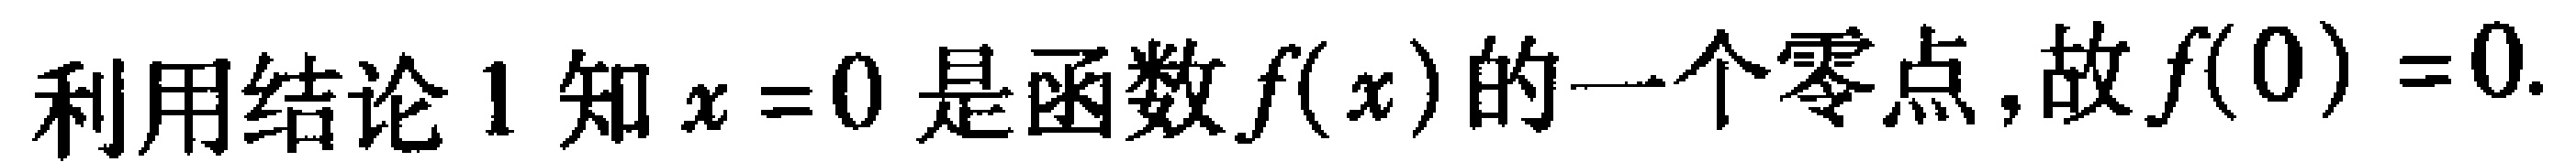
利用结论 1 知 \(x = 0\) 是函数 \(f(x)\) 的一个零点,故 \(f(0)=0\).